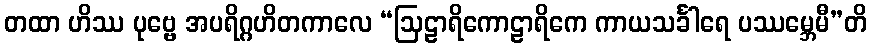
တထာ ဟိဿ ပုဗ္ဗေ အပရိဂ္ဂဟိတကာလေ “ဩဠာရိကောဠာရိကေ ကာယသင်္ခါရေ ပဿမ္ဘေမီ”တိ